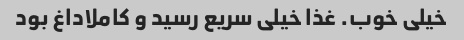
خیلی خوب. غذا خیلی سریع رسید و کاملاداغ بود